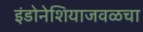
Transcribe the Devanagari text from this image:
इंडोनेशियाजवळचा